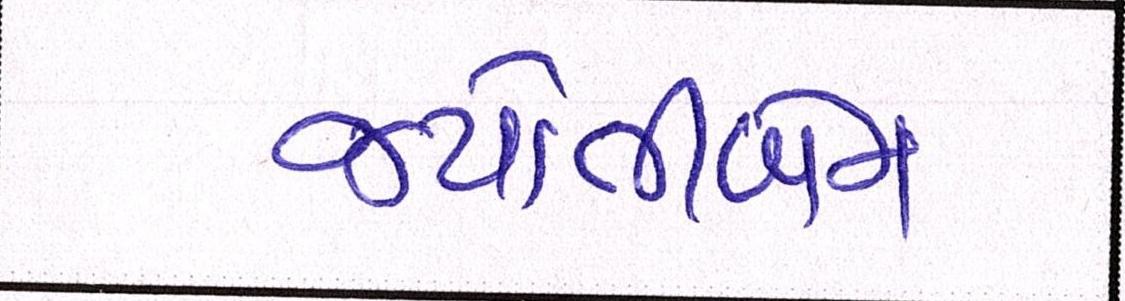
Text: જયોતીબેન